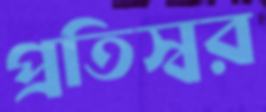
প্রতিস্বর